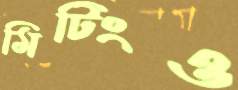
মিটিংও